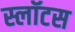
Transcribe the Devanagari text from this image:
स्लॉटस